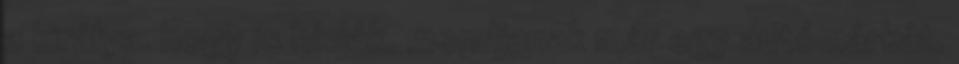
a királya. hogy is hívják. mondjanak már egy autómárkát.